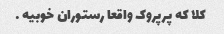
کلا که پرپروک واقعا رستوران خوبیه …